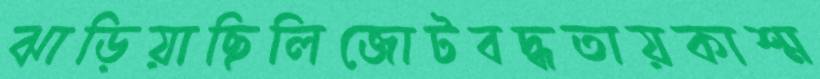
ঝাড়িয়াছিলিজোটবদ্ধতায়কাশ্ম